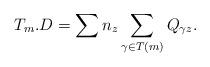
LaTeX: \begin{align*}T_m. D=\sum n_z \sum_{\gamma \in T(m)} Q_{\gamma z}.\end{align*}